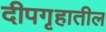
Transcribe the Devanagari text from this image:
दीपगृहातील